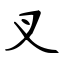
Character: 叉